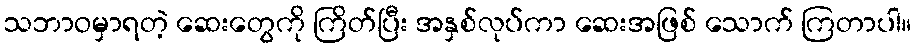
သဘာဝမှာရတဲ့ ဆေးတွေကို ကြိတ်ပြီး အနှစ်လုပ်ကာ ဆေးအဖြစ် သောက် ကြတာပါ။